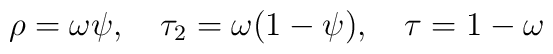
\rho = \omega\psi, \quad \tau_2 = \omega(1-\psi), \quad \tau = 1-\omega